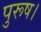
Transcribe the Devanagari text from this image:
पुरूष।